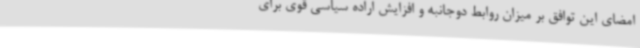
امضای این توافق بر میزان روابط دوجانبه و افزایش اراده سیاسی قوی برای